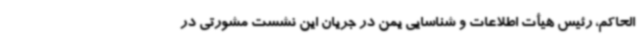
الحاکم، رئیس هیأت اطلاعات و شناسایی یمن در جریان این نشست مشورتی در